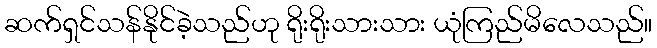
ဆက်ရှင်သန်နိုင်ခဲ့သည်ဟု ရိုးရိုးသားသား ယုံကြည်မိလေသည်။